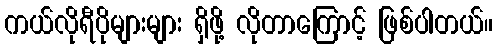
ကယ်လိုရီပိုများများ ရှိဖို့ လိုတာကြောင့် ဖြစ်ပါတယ်။